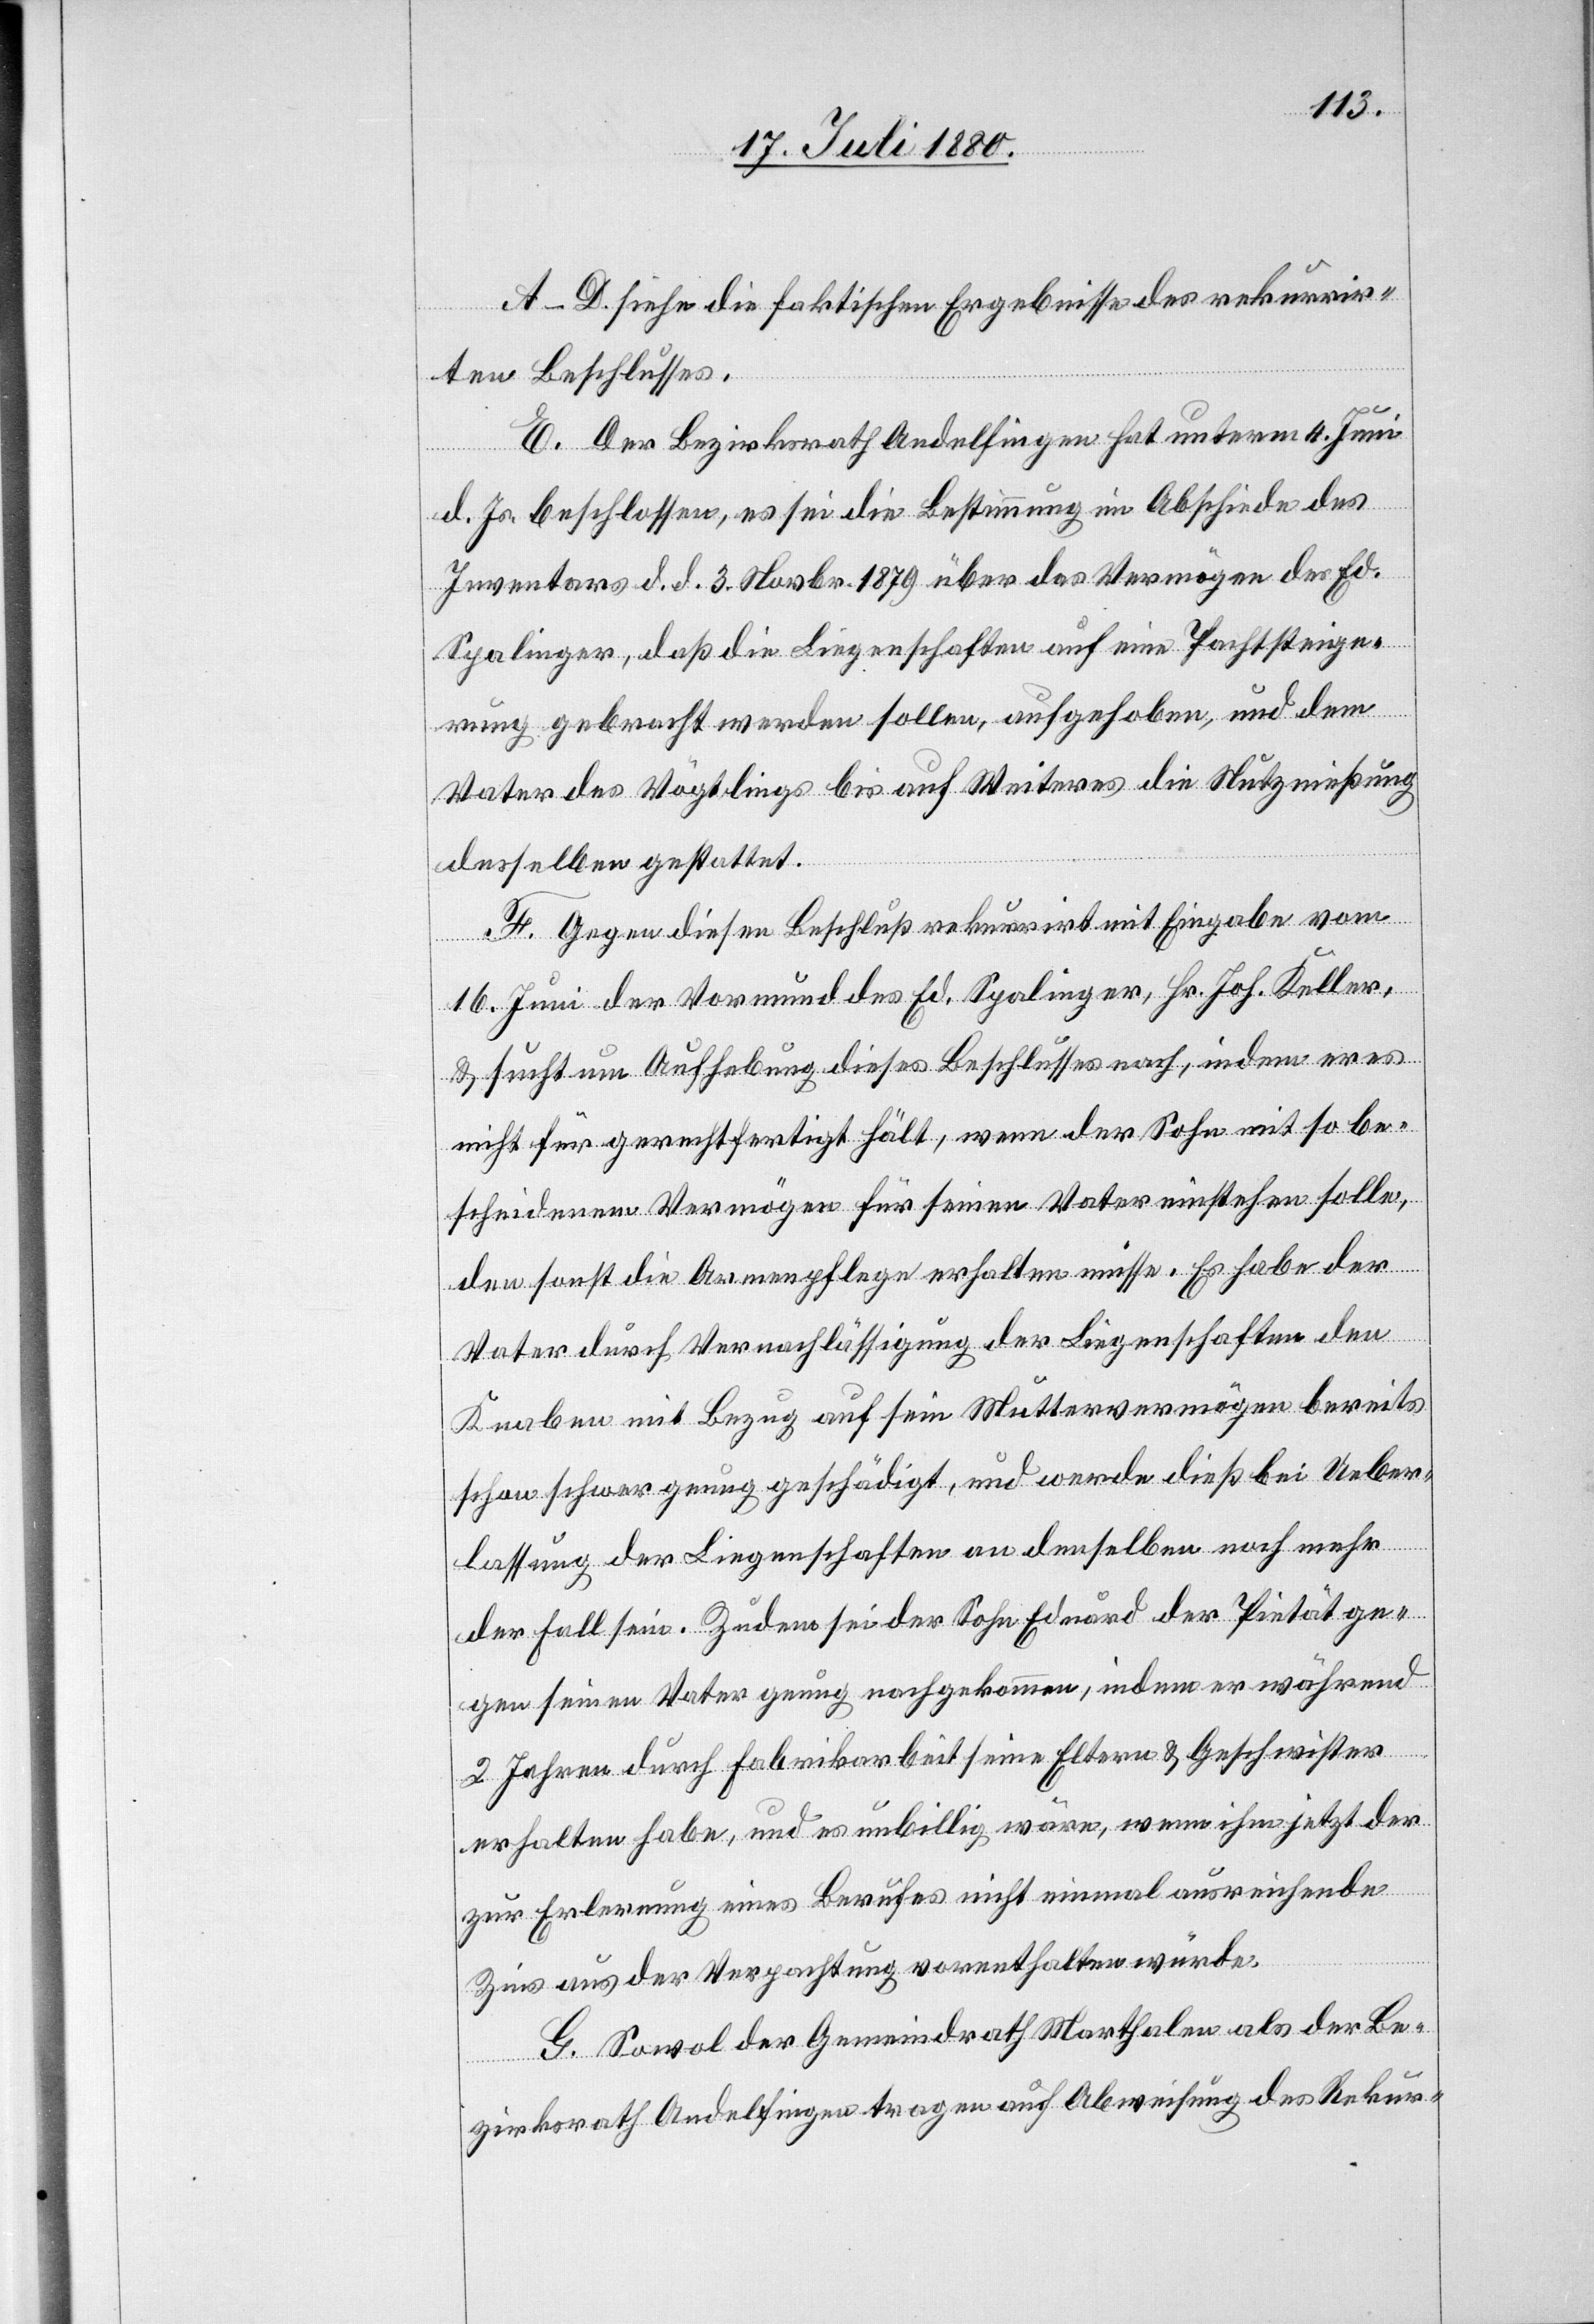
A–D. Siehe die faktischen Ergebnisse des rekurrir¬
ten Beschlusses.
E. Der Bezirksrath Andelfingen hat unterm 4. Juni
d. Js. beschlossen, es sei die Bestimmung im Abschiede des
Inventars d. d. 3. Novbr. 1879 über das Vermögen des Ed.
Spalinger, da die Liegenschaften auf eine Pachtsteige¬
rung gebracht werden sollen, aufgehoben, und dem
Vater des Vögtlings bis auf Weiteres die Nutznießung
desselben gestattet.
F. Gegen diesen Beschluß rekurrirt mit Eingabe vom
16. Juni der Vormund des Ed. Spalinger, Hr. Joh. Keller
& sucht um Aufhebung dieses Beschlusses nach, indem er es
nicht für gerechtfertigt hält, wenn der Sohn mit so be¬
scheidenem Vermögen für seinen Vater einstehen solle,
den sonst die Armenpflege erhalten müsse. Es habe der
Vater durch Vernachlässigung der Liegenschaften den
Knaben mit Bezug auf sein Muttervermögen bereits
schon schwer genug geschädigt, und werde dieß bei Ueber¬
lassung der Liegenschaften an denselben noch mehr
der Fall sein. Zudem sei der Sohn Eduard der Pietät ge¬
gen seinen Vater genug nachgekommen, indem er während
2 Jahren durch Fabrikarbeit seine Eltern & Geschwister
erhalten habe, und es unbillig wäre, wenn ihm jetzt der
zur Erlernung eines Berufes nicht einmal ausreichende
Zins aus der Verpachtung vorenthalten würde.
G. Sowol der Gemeindrath Marthalen als der Be¬
zirksrath Andelfingen tragen auf Abweisung des Rekur-